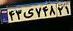
۴۳ی۷۴۸۲۱